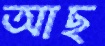
আছ